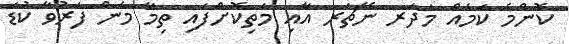
ކޮންމެ ކަމެއް މަދަރ ނޭޗަރ އާއި މަތިކޮށްފައި ތިމާ މެން ފަރުވާ ކުޑަ